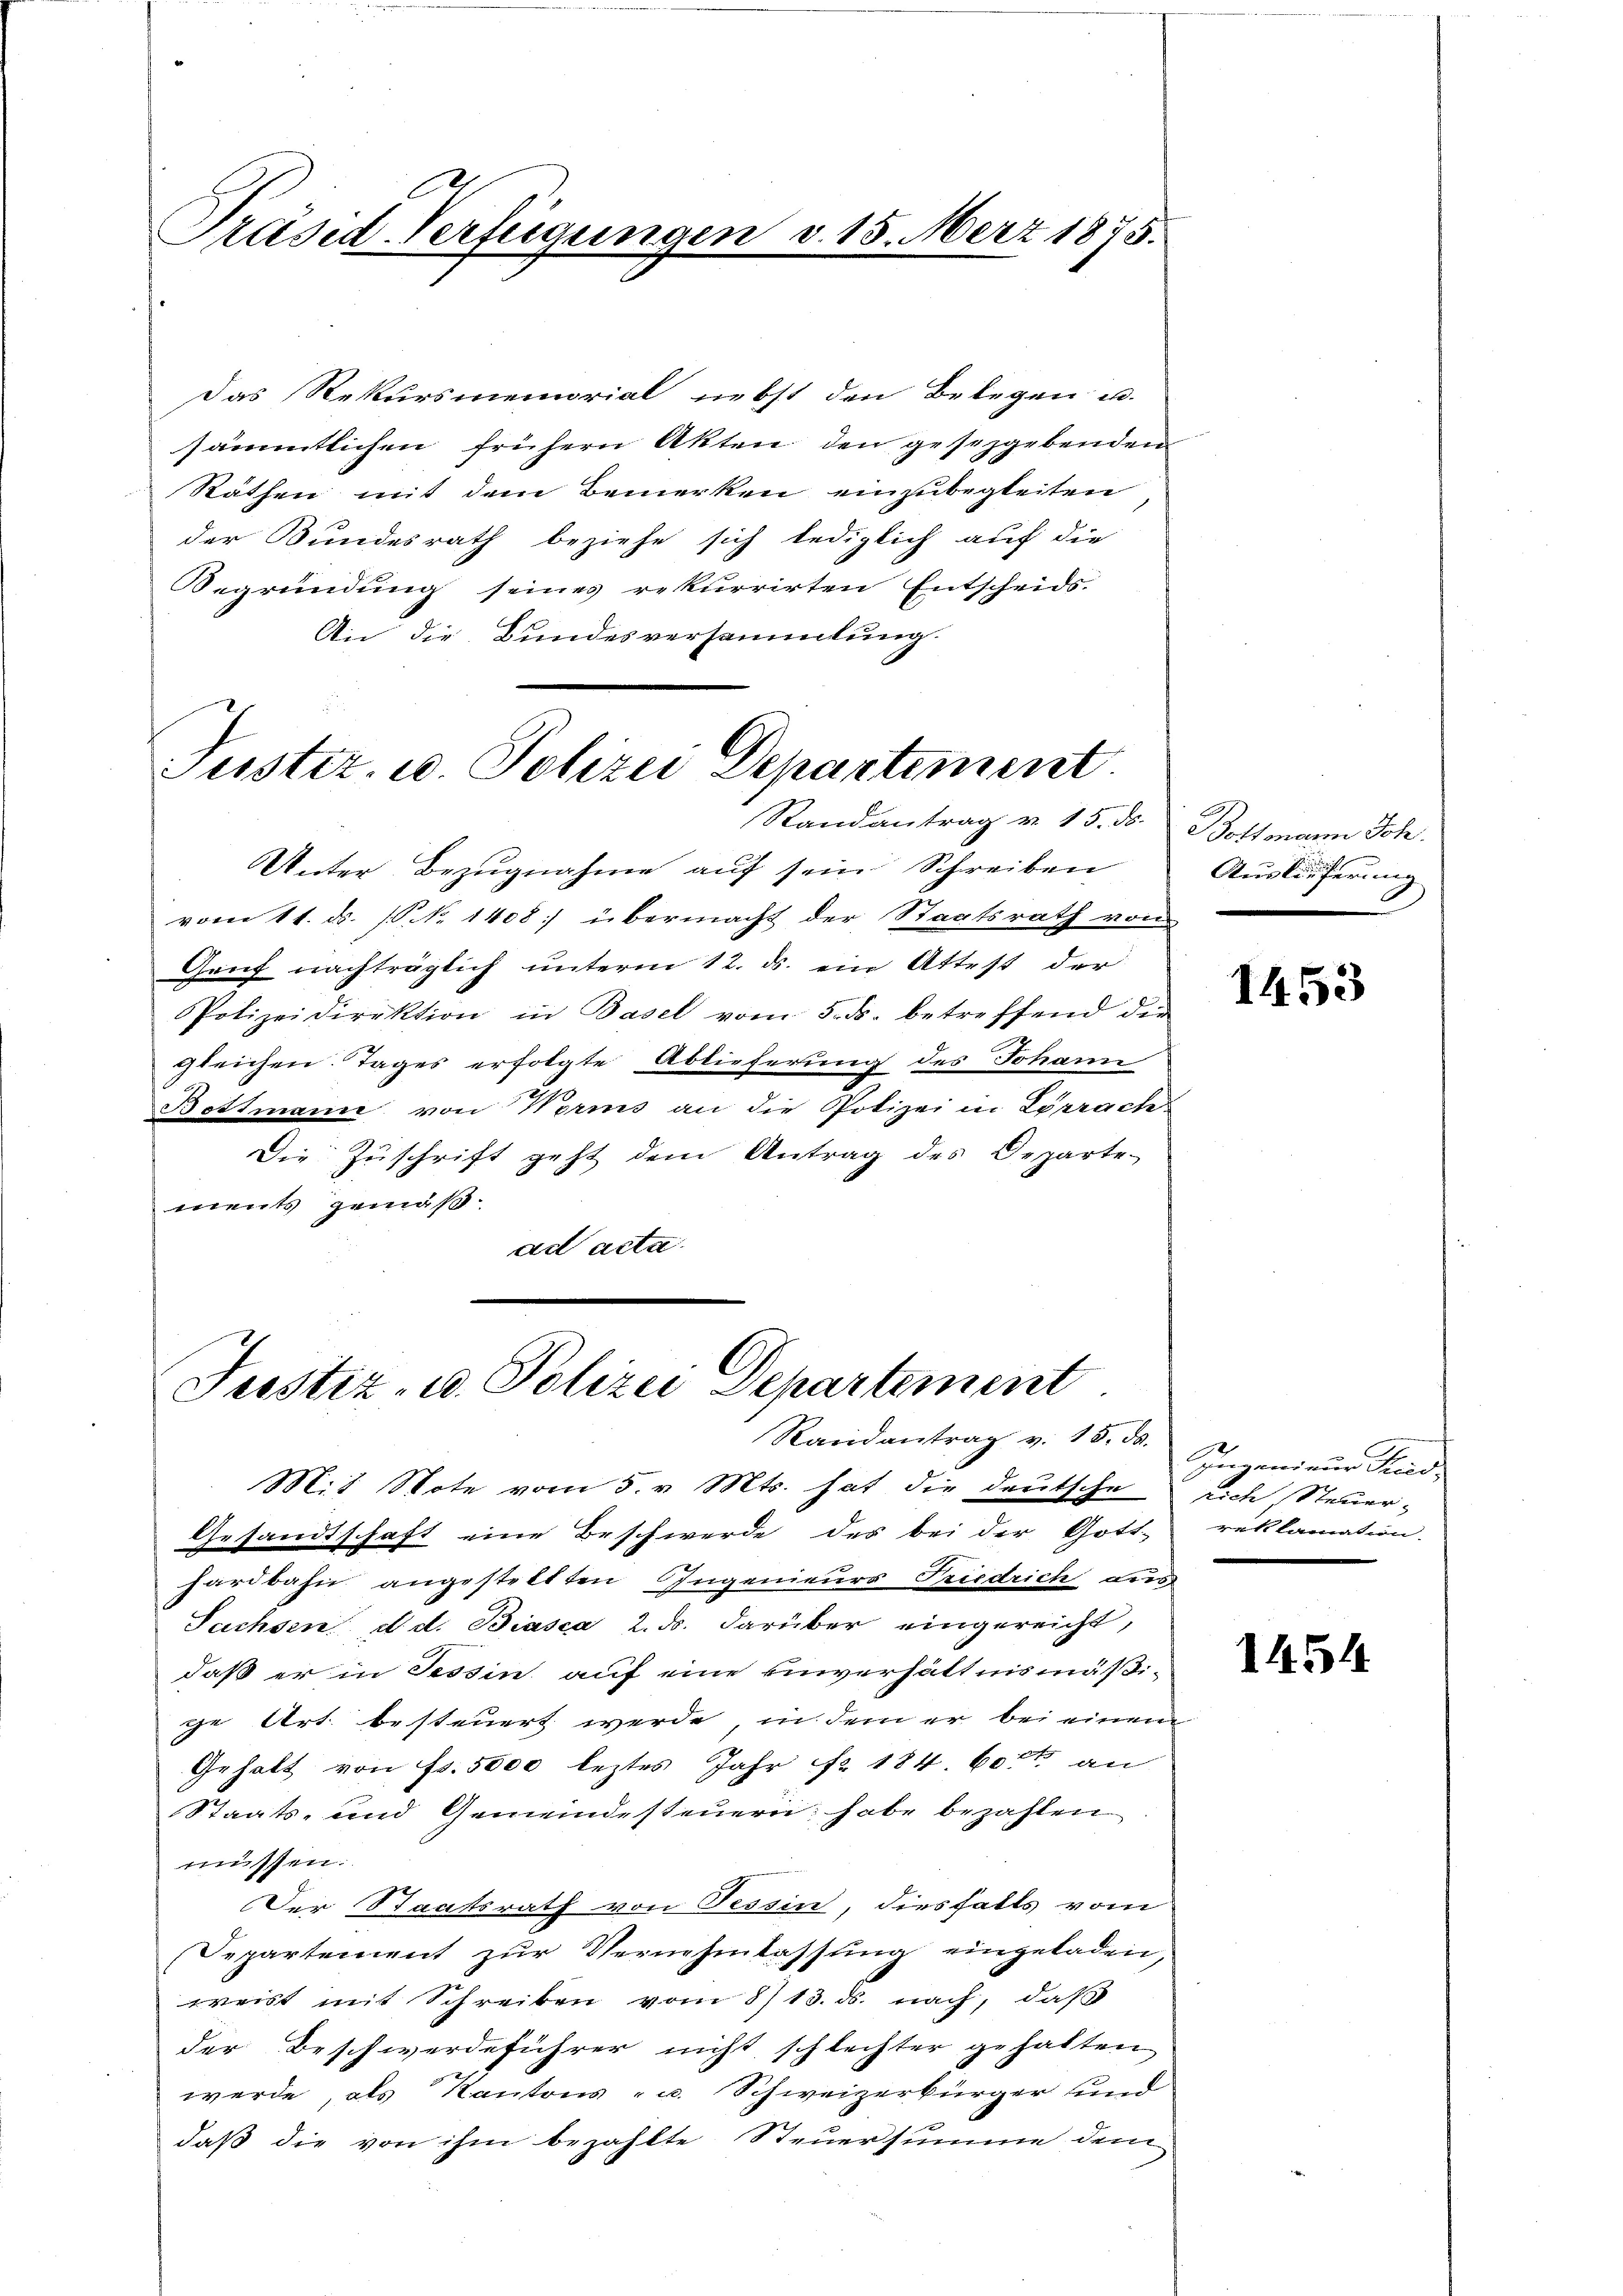
Präsed-Verfügungen

Das Rekursmemorial nebst den Belegen u.
sämmtlichen frühern Akten den gesezgebenden
Räthen mit dem Bemerken einzubegleiten
der Bundesrath beziehe sich lediglich auf die
Begründung seines rekurrirten Entscheids-
An die Bundesversammlung.

v. 15. März 1875.

Juster. u. Polizei Departement.
Randantrag v. 15. ds. Bottmann Joh.

Unter Bezugnahme auf sein Schreiben
vom 11. ds. (S. 1408 übermacht der Staatsrath von
Genf nachträglich unterm 12. ds. ein Attest der
Polizeidirektion in Basel vom 5. ds. betreffend den
gleichen. Tages erfolgte Ablieferung des Johann
Bottmann von Norms an die Potizei in Lörrach
Die Zuschrift geht dem Antrag des Departe
ments gemäßad acta.

Justiz- u. Polizei Departement
Randantrag v. 15. ds.

Mit Note vom 5. v. Mts. hat die deutsche sich Steuer¬
Gesandtschaft eine Beschwerde des bei der Gott. reklamation.
hardbahn angestellten Ingenieurs Friedrich aus
Sachsen d. d. Biasca 2. ds. darüber eingereicht,
daß er in Tessin auf eine Einverhältnismäßige Art. besteuert werde, in dem er bei einen
Gehalt von Fr. 5000 leztes Jahr Nr. 184. 60 rt an
Staats- und Gemeindesteuern habe bezahlen
müssen:
Der Staatsrath von Tessin, diesfalls vom
Separtement zur Vernehmlassung eingeladen,
weist mit Schreiben vom 8/13. ds. nach, daß
der Beschwerdeführer nicht schlechter gehalten
werde, als Kantons- u. Schweizerbürger und
daß die von ihm bezahlte Steuersumme dem

Auslieferung

1453

Ingenieur Stand,

1454.